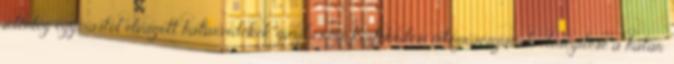
jelenleg egymástól elvágott határvidékek gazdasági-közlekedési integrációjának elősegítése a határ